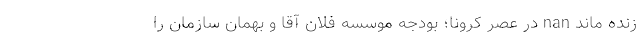
زنده ماند nan در عصر کرونا؛ بودجه موسسه فلان آقا و بهمان سازمان را